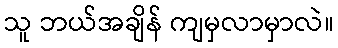
သူ ဘယ်အချိန် ကျမှလာမှာလဲ။